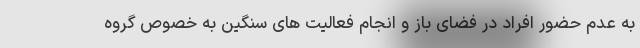
به عدم حضور افراد در فضای باز و انجام فعالیت های سنگین به خصوص گروه